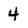
Character: 4